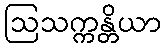
ဩသက္ကန္တိယာ